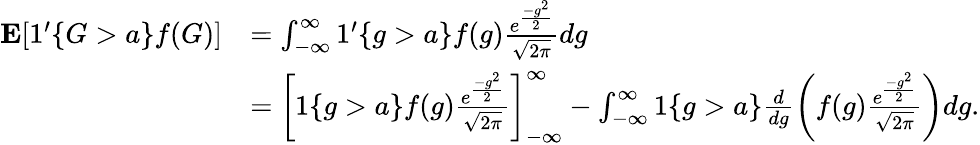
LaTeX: \begin{array}{rl}{\mathbf{E}[1^{\prime}\{ G>a\} f(G)]}&{=\intop_{-\infty}^{\infty}1^{\prime}\{ g>a\} f(g)\frac{e^{\frac{-g^{2}}{2}}}{\sqrt{2\pi}}dg}\\ &{=\left[1\{ g>a\} f(g)\frac{e^{\frac{-g^{2}}{2}}}{\sqrt{2\pi}}\right]_{-\infty}^{\infty}-\intop_{-\infty}^{\infty}1\{ g>a\} \frac{d}{dg}\left(f(g)\frac{e^{\frac{-g^{2}}{2}}}{\sqrt{2\pi}}\right)dg.}\end{array}